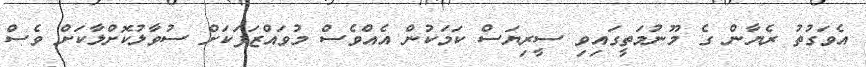
އެވަގުތު ރެޔާން ގެ މޫނުމަތީގައިވި ސީރިޔަސް ކަމަކުން އެއްވެސް މުވައްޒަފަކަށް ސުވާލުކޮށްލާކަށް ވެސް